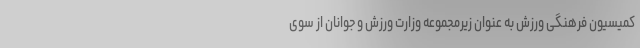
کمیسیون فرهنگی ورزش به عنوان زیرمجموعه وزارت ورزش و جوانان از سوی